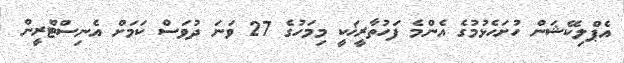
އެޕްލިކޭޝަން ހުށަހެޅުމުގެ އެންމެ ފަހުތާރީޚަކީ މިމަހުގެ 27 ވަނަ ދުވަސް ކަމަށް އެނިސްޓްރީން